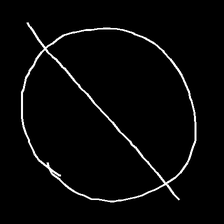
Glyph: orb